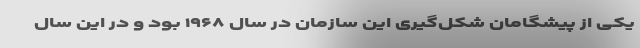
یکی از پیشگامان شکل‌گیری این سازمان در سال ۱۹۶۸ بود و در این سال